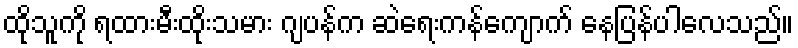
ထိုသူကို ရထားမီးထိုးသမား ဂျပန်က ဆဲရေးကန်ကျောက် နေပြန်ပါလေသည်။